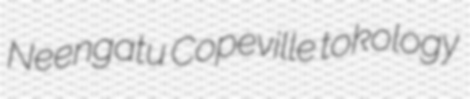
Neengatu Copeville tokology